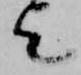
歟